Senior Leaving Certificate Examination (including Day School Certificate (Higher) General paper), 1948
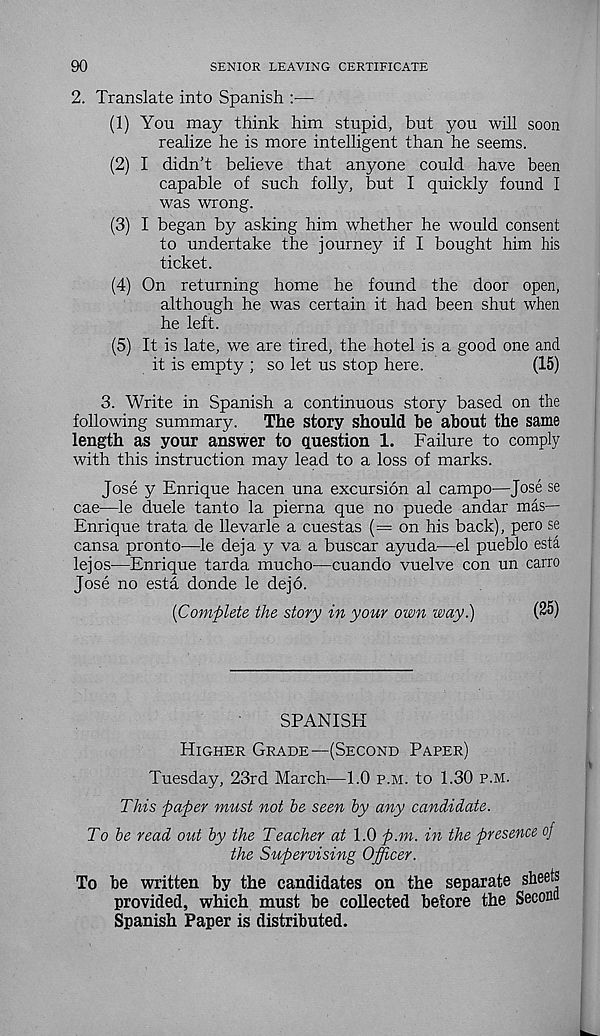
90
SENIOR LEAVING CERTIFICATE
2. Translate into Spanish :—
(1) You may think him stupid, but you will soon
realize he is more intelligent than he seems.
(2) I didn’t believe that anyone could have been
capable of such folly, but I quickly found I
was wrong.
(3) I began by asking him whether he would consent
to undertake the journey if I bought him his
ticket.
(4) On returning home he found the door open,
although he was certain it had been shut when
he left.
(5) It is late, we are tired, the hotel is a good one and
it is empty ; so let us stop here.
(15)
3. Write in Spanish a continuous story based on the
following summary.
The story should be about the same
length as your answer to question 1. Failure to comply
with this instruction may lead to a loss of marks.
Jose y Enrique hacen una excursion al campo—Jose se
cae—le duele tanto la pierna que no puede andar mas—
Enrique trata de llevarle a cuestas (= on his back), pero se
cansa pronto—le deja y va a buscar ayuda-—:el pueblo esta
lejos—Enrique tarda mucho—cuando vuelve con un carro
Jose no esta donde le dejo.
[Complete the story in your own way.)
(25)
SPANISH
Higher Grade—(Second Paper)
Tuesday, 23rd March—1.0 p.m. to 1.30 p.m.
This paper must not he seen by any candidate.
To he read out by the Teacher at 1.0 p.m. in the presence of
the Supervising Officer.
To be written by the candidates on the separate sheets
provided, which must be collected before the Second
Spanish Paper is distributed.